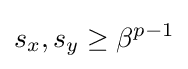
s_{x},s_{y}\geq \beta ^{p-1}